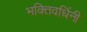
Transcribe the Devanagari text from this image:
भक्तिवर्धिनी